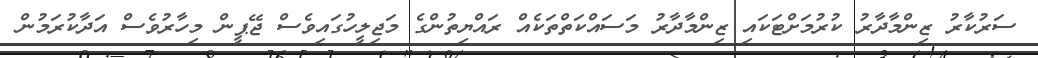
ސަރުކާރު ޒިންމާދާރު ކުރުމަށްޓަކައި ޒިންމާދާރު މަސައްކަތްތަކެއް ރައްޔިތުންގެ މަޖިލީހުގައިވެސް ޖޭޕީން މިހާރުވެސް އަދާކުރަމުން